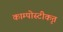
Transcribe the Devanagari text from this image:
काम्पोस्टीकृत